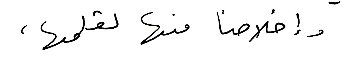
وإخلاصاً منها لقلمها،